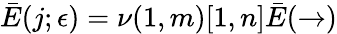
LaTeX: \bar{E}(j;\epsilon)=\nu(1,m)[1,n]\bar{E}(\rightarrow)